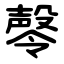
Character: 㲆